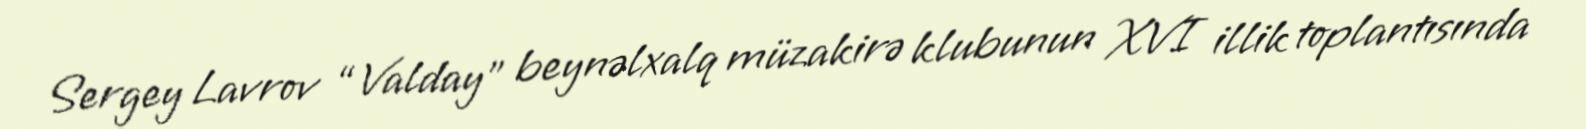
Sergey Lavrov “Valday” beynəlxalq müzakirə klubunun XVI illik toplantısında